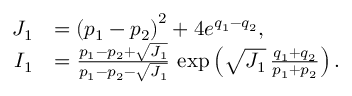
\begin{array} { r l } { J _ { 1 } } & { = \left( p _ { 1 } - p _ { 2 } \right) ^ { 2 } + 4 e ^ { q _ { 1 } - q _ { 2 } } , } \\ { I _ { 1 } } & { = \frac { p _ { 1 } - p _ { 2 } + \sqrt { J _ { 1 } } } { p _ { 1 } - p _ { 2 } - \sqrt { J _ { 1 } } } \, \exp \left( { \sqrt { J _ { 1 } } \, \frac { q _ { 1 } + q _ { 2 } } { p _ { 1 } + p _ { 2 } } } \right) . } \end{array}